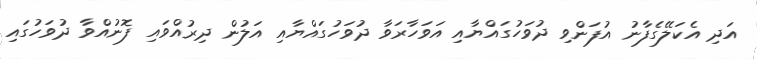
އަދި އެކަލޭގެފާނު އުފަންވި ދުވަހުގައްޔާއި އަވަހާރަވާ ދުވަހުގައްޔާއި އަލުން ދިރުއްވައި ފޮނުއްވާ ދުވަހުގައި